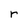
Character: r